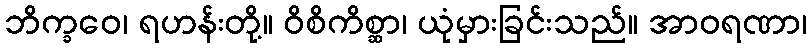
ဘိက္ခဝေ၊ ရဟန်းတို့။ ဝိစိကိစ္ဆာ၊ ယုံမှားခြင်းသည်။ အာဝရဏာ၊